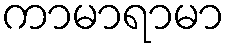
ကာမာရာမာ